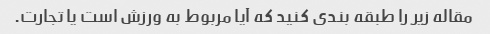
مقاله زیر را طبقه بندی کنید که آیا مربوط به ورزش است یا تجارت.